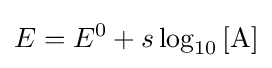
E=E^{0}+s\log _{10}\mathrm {[A]}